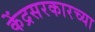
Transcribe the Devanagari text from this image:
केंद्रसरकारच्या